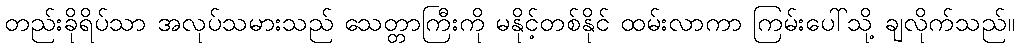
တည်းခိုရိပ်သာ အလုပ်သမားသည် သေတ္တာကြီးကို မနိုင့်တစ်နိုင် ထမ်းလာကာ ကြမ်းပေါ်သို့ ချလိုက်သည်။